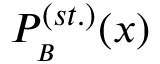
P _ { _ B } ^ { ( s t . ) } ( x )